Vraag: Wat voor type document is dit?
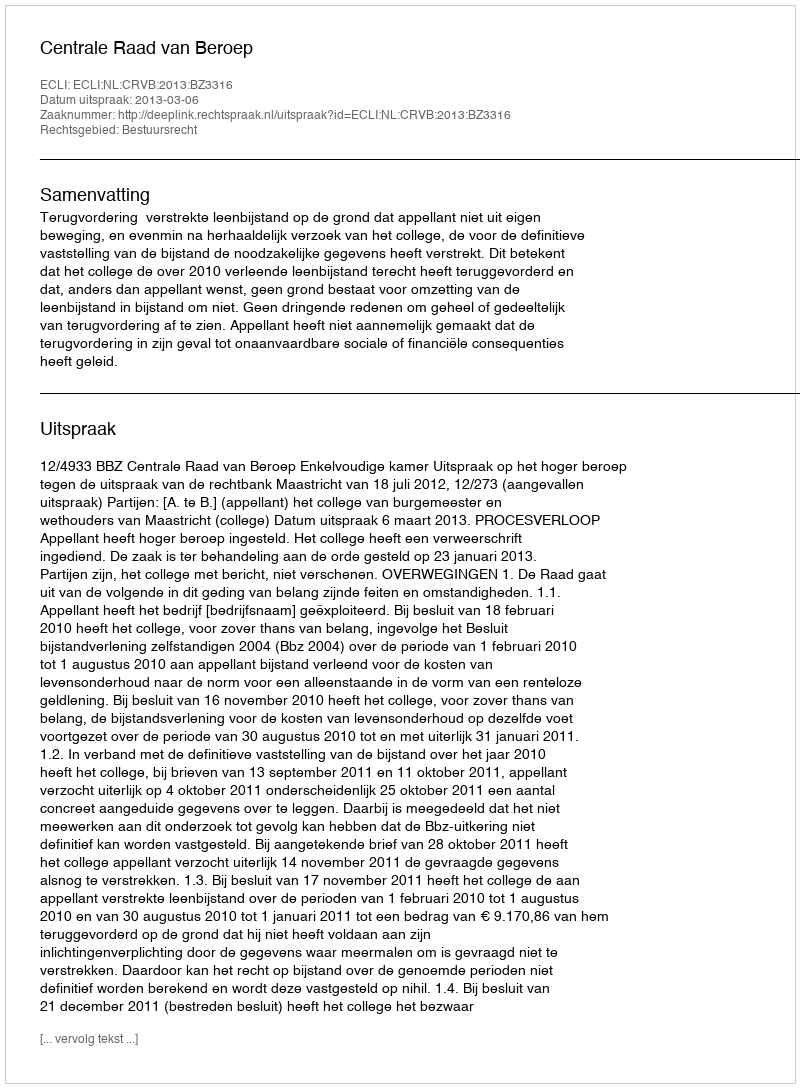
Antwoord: Uitspraak